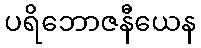
ပရိဘောဇနီယေန